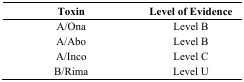
| Toxin | Level of Evidence |
 | --- | --- |
 | A/Ona | Level B |
 | A/Abo | Level B |
 | A/Inco | Level C |
 | B/Rima | Level U |